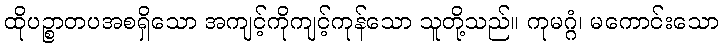
ထိုပဉ္စာတပအစရှိသော အကျင့်ကိုကျင့်ကုန်သော သူတို့သည်။ ကုမဂ္ဂံ၊ မကောင်းသော